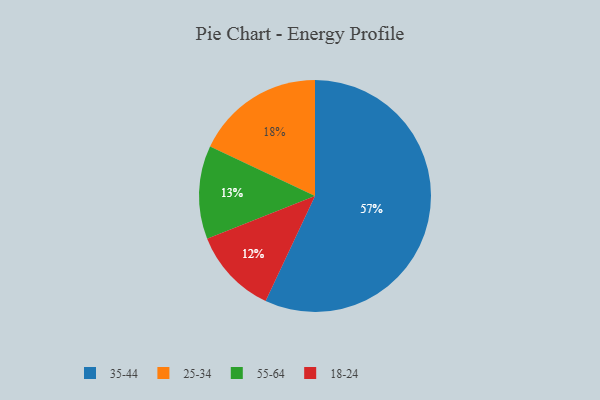
{"axis": {"x": "Category", "y": "Percentage"}, "legend": ["18-24", "25-34", "35-44", "55-64"], "data": [{"x": "18-24", "y": 12, "type": "18-24"}, {"x": "25-34", "y": 18, "type": "25-34"}, {"x": "55-64", "y": 13, "type": "55-64"}, {"x": "35-44", "y": 57, "type": "35-44"}]}